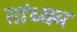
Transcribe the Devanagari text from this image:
सांध्यम